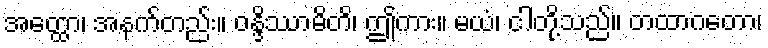
အတ္ထော၊ အနက်တည်း။ ဝန္ဒိဿာမိတိ၊ ဤကား။ မယံ၊ ငါတို့သည်။ တထာဂတော၊